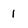
Character: I